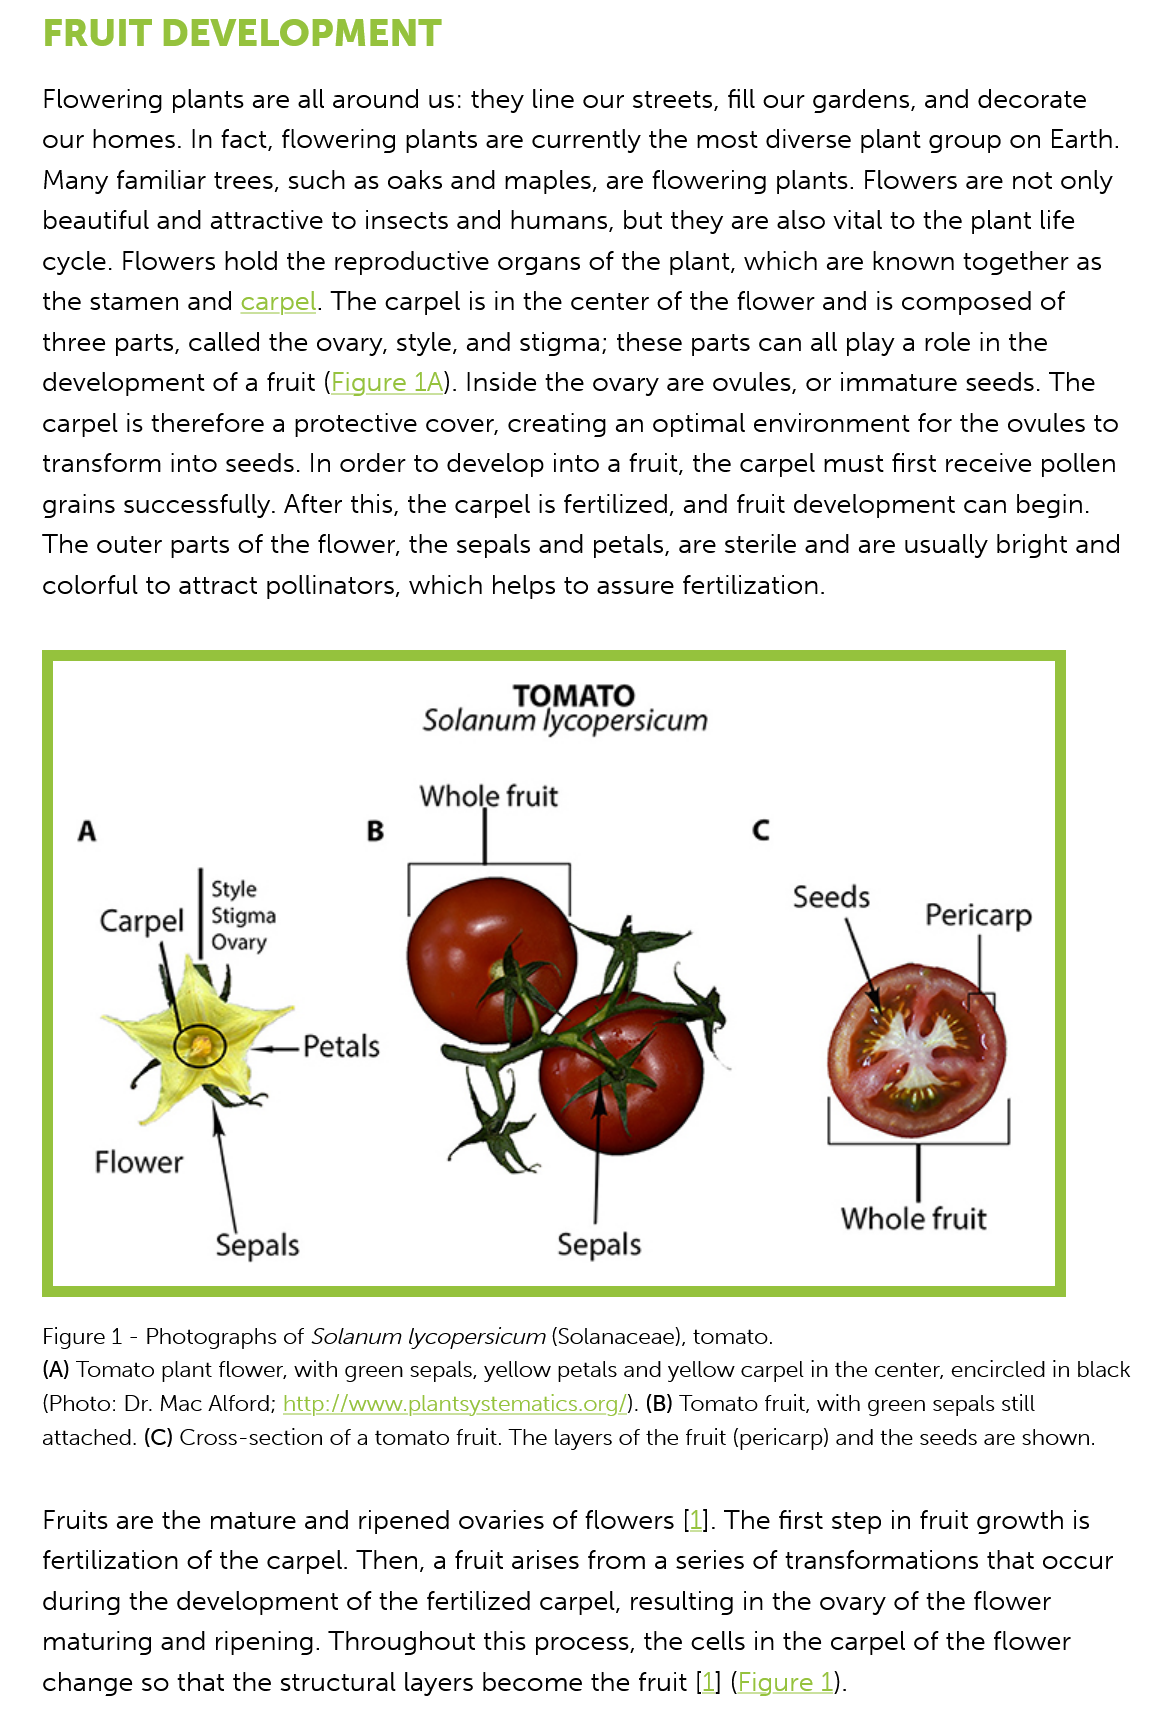
FRUIT    DEVELOPMENT
    Figure 1
     -
     Photographs of Solanum lycopersicum (Solanaceae), tomato.
    (A) Tomato plant flower, with green sepals, yellow petals and yellow carpel in the center, encircled in black
    (Photo: Dr. Mac Alford; http://www.plantsystematics.org/). (B) Tomato fruit, with green sepals still
    attached. (C) Cross-section of a tomato fruit. The layers of the fruit (pericarp) and the seeds are shown.
    Fruits are the mature and  ripened ovaries of flowers [1]. The first step in fruit growth is
    fertilization of the carpel. Then, a fruit arises from a series of transformations that occur
    during  the development  of the  fertilized carpel, resulting in the ovary of the flower
    maturing  and  ripening. Throughout this  process, the cells in the carpel of the flower
    change so that the  structural layers become the fruit  [1] (Figure 1).
    Flowering plants  are all around us: they line our streets, fill our gardens, and decorate
    our homes.  In fact, flowering plants are currently the most diverse plant group  on  Earth.
    Many  familiar trees, such as oaks and maples,  are flowering plants. Flowers are not only
    beautiful and attractive to insects and humans,  but they  are also vital to the plant life
    cycle. Flowers  hold the reproductive  organs of the plant, which  are known together   as
    the stamen  and  carpel. The carpel is in the center of the flower and is composed   of
    three parts, called the ovary, style, and stigma; these parts can all play a role in the
    development  of a  fruit (Figure 1A). Inside the ovary are ovules, or immature seeds. The
    carpel is therefore a protective cover, creating an optimal environment  for  the ovules to
    transform  into seeds. In order to develop into a fruit, the carpel must first receive pollen
    grains successfully. After this, the carpel is fertilized, and fruit development can begin.
    The  outer parts of the flower, the sepals and petals, are sterile and are usually bright and
    colorful to attract pollinators, which helps to assure fertilization.